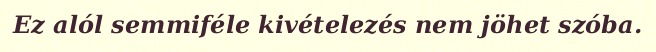
Ez alól semmiféle kivételezés nem jöhet szóba.